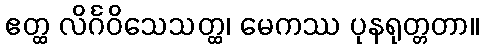
ဧတ္ထ လိင်္ဂဝိသေသတ္ထ၊ မေကဿ ပုနရုတ္တတာ။